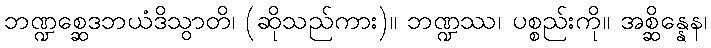
ဘဏ္ဍစ္ဆေဒဘယံဒိသွာတိ၊ (ဆိုသည်ကား)။ ဘဏ္ဍဿ၊ ပစ္စည်းကို။ အစ္ဆိန္နေန၊